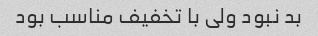
بد نبود ولی با تخفیف مناسب بود